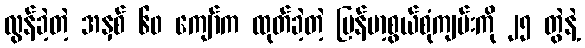
လွန်ခဲ့တဲ့ အနှစ် ၆၀ ကျော်က ထုတ်ခဲ့တဲ့ မြန်မာ့စွယ်စုံကျမ်းကို ၂၅ တွဲနဲ့